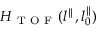
H _ { \mathrm { ~ T ~ O ~ F ~ } } ( l ^ { \parallel } , l _ { 0 } ^ { \parallel } )